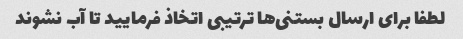
لطفا برای ارسال بستنی‌ها ترتیبی اتخاذ فرمایید تا آب نشوند